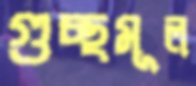
গুচ্ছমূল